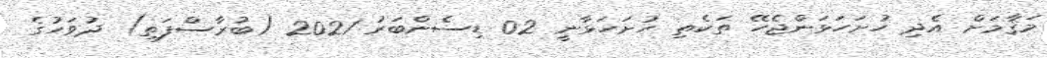
މަޤާމަށް އެދި ހުށަހަޅަންޖެހޭ ތަކެތި ހުށަހަޅާނީ 02 ޑިސެންބަރު 2021 (ބުރާސްފަތި) ދުވަހުގެ